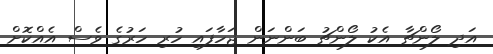
އަދި ލޯންޗާ އެކު ލޯންޗު ބަންނަން ޖަހާފައި ހުރި ހަރުގެ ވެސް އެއްކޮށް